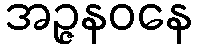
အဉ္ဇနဝနေ